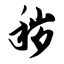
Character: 秽